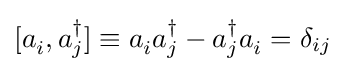
[a_{i}^{\,},a_{j}^{\dagger }]\equiv a_{i}^{\,}a_{j}^{\dagger }-a_{j}^{\dagger }a_{i}^{\,}=\delta _{ij}